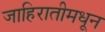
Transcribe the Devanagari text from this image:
जाहिरातीमधून